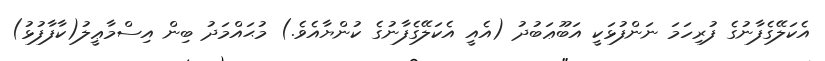
އެކަލޭގެފާނުގެ ފުރިހަމަ ނަންފުޅަކީ އަބޫޢަބުދު (އެއީ އެކަލޭގެފާނުގެ ކުންޔާއެވެ.) މުޙައްމަދު ބިން އިސްމާޢީލު(ކާފާފުޅު)